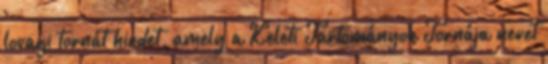
lovagi tornát hirdet, amely a Keleti Tartományok Tornája nevet